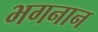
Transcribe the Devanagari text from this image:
भगनान